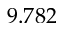
9 . 7 8 2